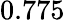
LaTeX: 0.775